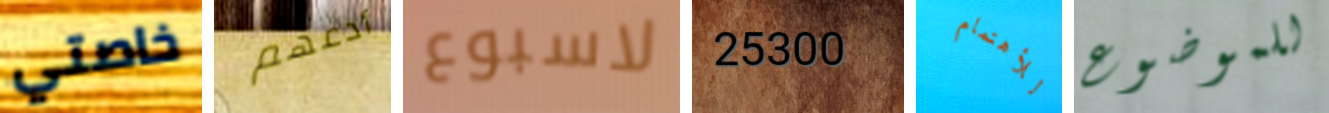
خاصتي أدعهم لاسبوع 25300 للأهتمام للموضوع